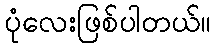
ပုံလေးဖြစ်ပါတယ်။